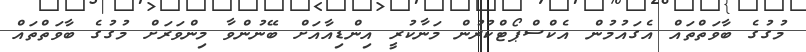
މުގުގެ ބާވަތްތައް އެގައުމުން އެކްސްޕޯޓްކުރުން މަނާކުރީ އިންޑިއާއަށް ބޭނުންވާ މިންވަރަށް މުގުގެ ބާވަތްތައް